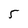
Character: 5